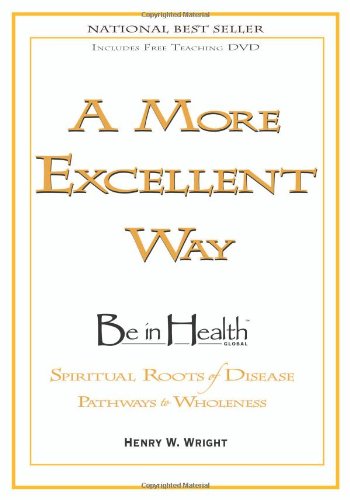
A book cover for A More Excellent Way: Be in Health; Henry W. Wright; Christian Books & Bibles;